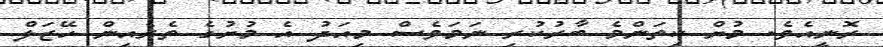
ރޮނީއެވެ. މުށް ކިތަންމެ ބާރުކުރި ނަމަވެސް މިއަދު އެ މުށުގެ ތެރެއިން ހޭޒަލް